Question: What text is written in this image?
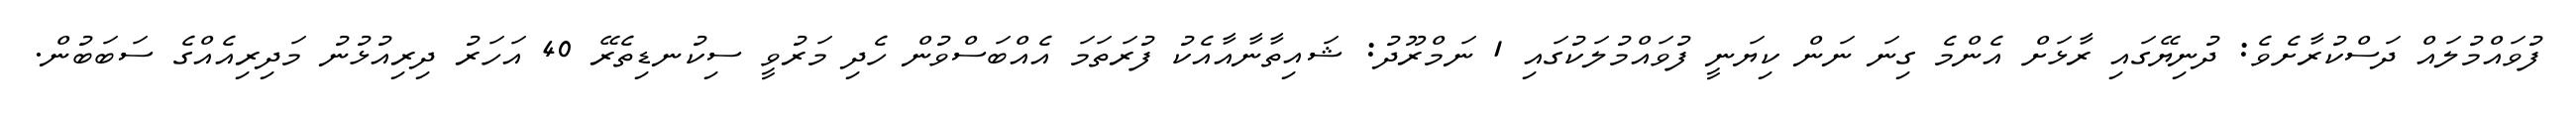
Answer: ފުވައްމުލައް ދަސްކުރާށެވެ: ދުނިޔޭގައި ރާޅަށް އެންމެ ގިނަ ނަން ކިޔަނީ ފުވައްމުލަކުގައި 1 ނަމްރޫދު: ޝައިތާނާއާއެކު ފުރަތަމަ އެއްބަސްވުން ހެދި މަރުވީ ސިކުނޑިތެރޭ 40 އަހަރު ދިރިއުޅުނު މަދިރިއެއްގެ ސަބަބުން.